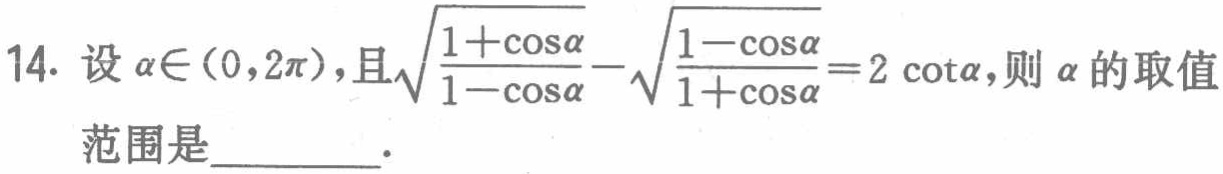
14. 设\(\alpha\in(0,2\pi)\)，且\(\sqrt{\frac{1 + \cos\alpha}{1 - \cos\alpha}} - \sqrt{\frac{1 - \cos\alpha}{1 + \cos\alpha}} = 2\cot\alpha\)，则\(\alpha\)的取值范围是  ．